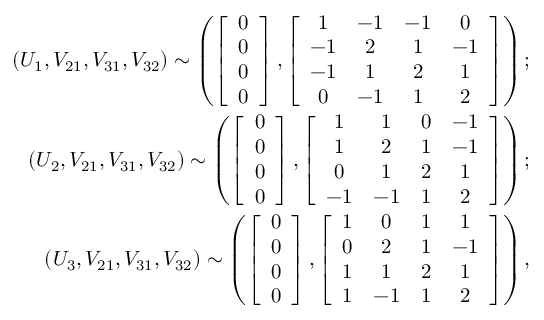
\begin{array} { r } { ( U _ { 1 } , V _ { 2 1 } , V _ { 3 1 } , V _ { 3 2 } ) \sim \left( \left[ \begin{array} { c } { 0 } \\ { 0 } \\ { 0 } \\ { 0 } \end{array} \right] , \left[ \begin{array} { c c c c } { 1 } & { - 1 } & { - 1 } & { 0 } \\ { - 1 } & { 2 } & { 1 } & { - 1 } \\ { - 1 } & { 1 } & { 2 } & { 1 } \\ { 0 } & { - 1 } & { 1 } & { 2 } \end{array} \right] \right) ; } \\ { ( U _ { 2 } , V _ { 2 1 } , V _ { 3 1 } , V _ { 3 2 } ) \sim \left( \left[ \begin{array} { c } { 0 } \\ { 0 } \\ { 0 } \\ { 0 } \end{array} \right] , \left[ \begin{array} { c c c c } { 1 } & { 1 } & { 0 } & { - 1 } \\ { 1 } & { 2 } & { 1 } & { - 1 } \\ { 0 } & { 1 } & { 2 } & { 1 } \\ { - 1 } & { - 1 } & { 1 } & { 2 } \end{array} \right] \right) ; } \\ { ( U _ { 3 } , V _ { 2 1 } , V _ { 3 1 } , V _ { 3 2 } ) \sim \left( \left[ \begin{array} { c } { 0 } \\ { 0 } \\ { 0 } \\ { 0 } \end{array} \right] , \left[ \begin{array} { c c c c } { 1 } & { 0 } & { 1 } & { 1 } \\ { 0 } & { 2 } & { 1 } & { - 1 } \\ { 1 } & { 1 } & { 2 } & { 1 } \\ { 1 } & { - 1 } & { 1 } & { 2 } \end{array} \right] \right) , } \end{array}